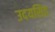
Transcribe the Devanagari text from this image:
उदयसिह